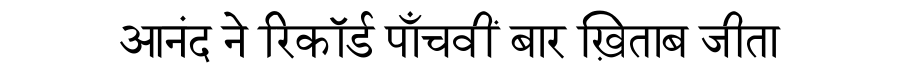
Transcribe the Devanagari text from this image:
आनंद ने रिकॉर्ड पाँचवीं बार ख़िताब जीता